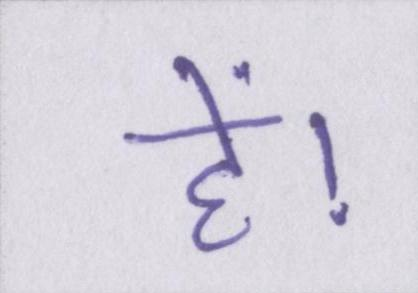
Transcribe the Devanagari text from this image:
हें।